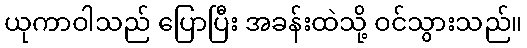
ယုကာဝါသည် ပြောပြီး အခန်းထဲသို့ ဝင်သွားသည်။